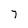
Character: 7